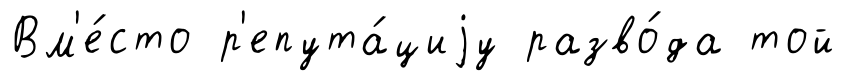
Вм'е́сто р'епута́циjу разво́да той